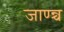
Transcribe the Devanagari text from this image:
जाण्न्च